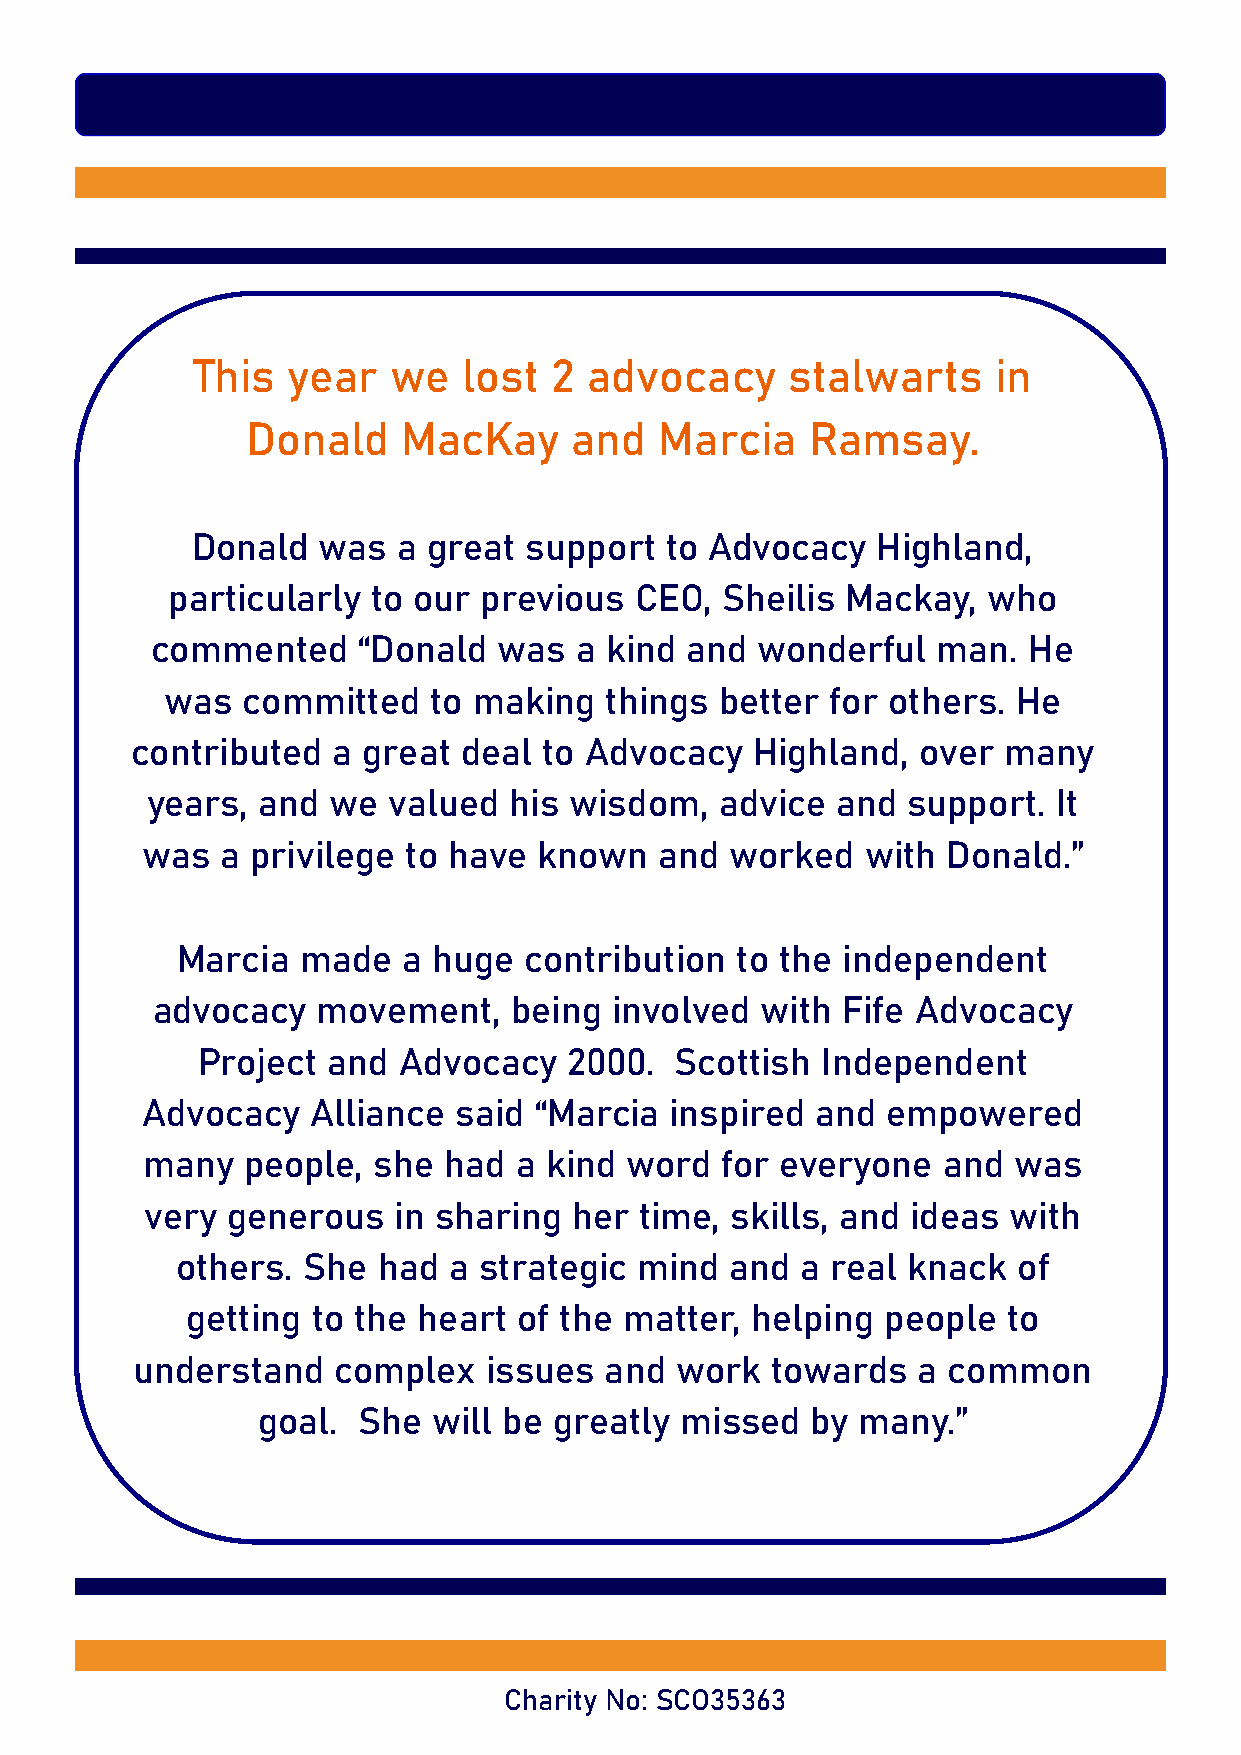
This  year   we   lost  2 advocacy     stalwarts     in
 Donald     MacKay     and   Marcia    Ramsay.
 Donald  was  a great  support  to Advocacy   Highland,
 particularly  to our previous  CEO,  Sheilis Mackay,  who
 commented     “Donald  was  a kind and  wonderful   man.  He
 was  committed   to making   things  better for others. He
 contributed  a great deal  to Advocacy   Highland,  over many
 years, and  we  valued  his wisdom,   advice and  support.  It
 was   a privilege to have  known   and worked   with  Donald.”
 Marcia  made   a huge  contribution  to the independent
 advocacy   movement,    being involved  with  Fife Advocacy
 Project  and Advocacy    2000.  Scottish Independent
 Advocacy    Alliance said “Marcia  inspired  and  empowered
 many   people,  she had  a kind word   for everyone  and  was
 very generous   in sharing  her time, skills, and ideas  with
 others. She  had  a strategic mind  and  a real knack  of
 getting  to the heart of the matter,  helping  people  to
 understand   complex   issues  and  work  towards   a common
 goal.  She  will be greatly missed   by many.”
 Charity No: SCO35363